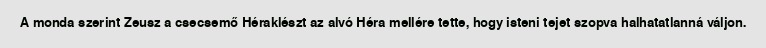
A monda szerint Zeusz a csecsemő Héraklészt az alvó Héra mellére tette, hogy isteni tejet szopva halhatatlanná váljon.